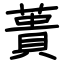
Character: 蕢